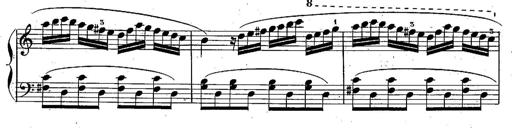
Title: Piano Sonatine
Composer: Jacques-Louis Battmann